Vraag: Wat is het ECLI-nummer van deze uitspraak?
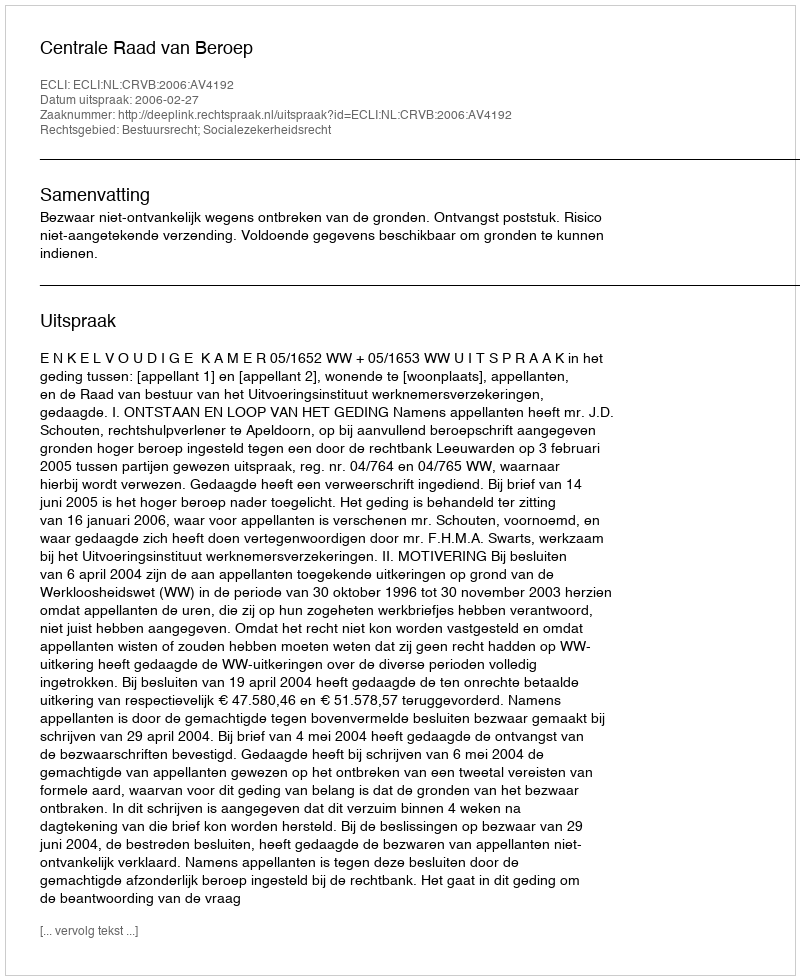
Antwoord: ECLI:NL:CRVB:2006:AV4192